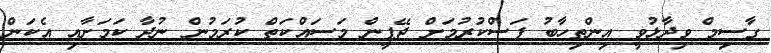
ގާސިމް ވިދާޅުވީ އިންތިހާބު ފަސްކުރުމަށް ޖޭޕީން މަސައްކަތް ކުރަމުން ނުދާ ކަމަށާއި އެކަން